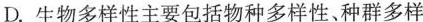
D.生物多样性主要包括物种多样性、种群多样